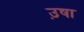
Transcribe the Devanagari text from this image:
उ़षा